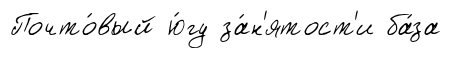
Почто́вый ю́гу за́н'ятост'и ба́за